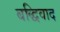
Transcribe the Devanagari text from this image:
बद्धिवाद